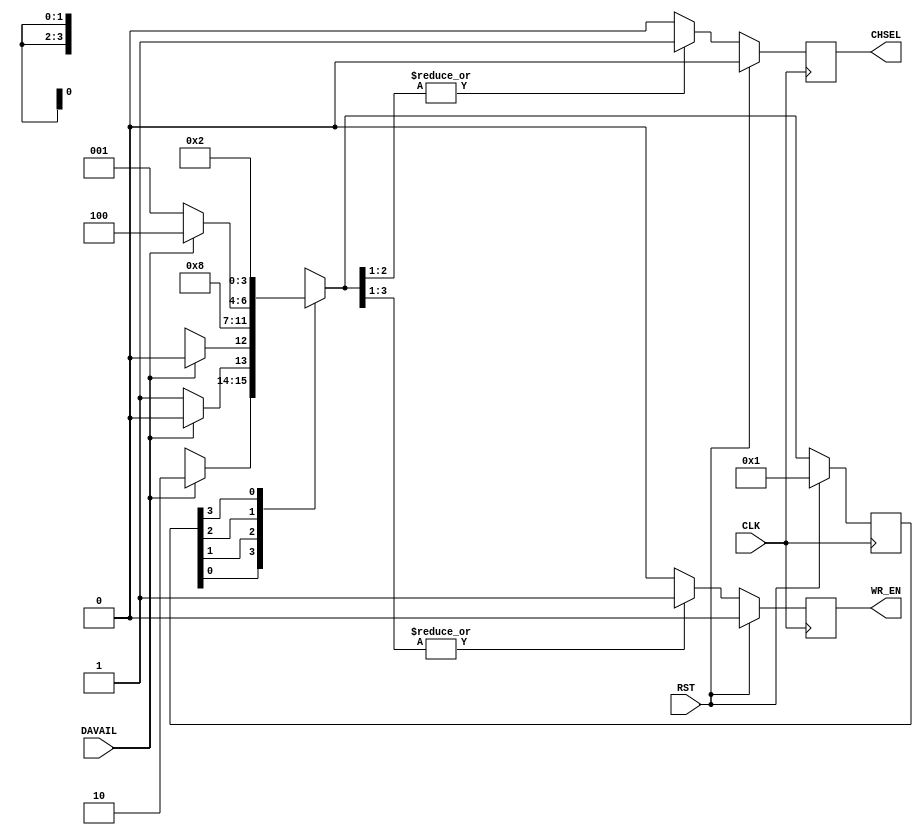

// Created by fizzim.pl version 5.10 on 2016:09:26 at 10:33:48 (www.fizzim.com)

module multi_ro (
  output reg CHSEL,
  output reg WR_EN,
  input wire CLK,
  input wire DAVAIL,
  input wire RST 
);

  // state bits
  parameter
  IDLE_BIT = 0,
  CH_SELECT_BIT = 1,
  READOUT_BIT = 2,
  WRITE_HEADER_BIT = 3;

  parameter 
  IDLE         = 4'b1<<IDLE_BIT, 
  CH_SELECT    = 4'b1<<CH_SELECT_BIT, 
  READOUT      = 4'b1<<READOUT_BIT, 
  WRITE_HEADER = 4'b1<<WRITE_HEADER_BIT, 
  XXX          = 4'bx;

  reg [3:0] state;
  reg [3:0] nextstate;

  // comb always block
  always @* begin
    nextstate = XXX; // default to x because default_state_is_x is set
    case (1'b1) // synopsys parallel_case full_case
      state[IDLE_BIT]    : begin
        if (DAVAIL) begin
          nextstate = WRITE_HEADER;
        end
        else begin
          nextstate[IDLE] = 1'b1; // Added because implied_loopback is true
        end
      end
      state[CH_SELECT_BIT]: begin
        begin
          nextstate = READOUT;
        end
      end
      state[READOUT_BIT] : begin
        if (DAVAIL) begin
          nextstate = READOUT;
        end
        else begin
          nextstate = IDLE;
        end
      end
      state[WRITE_HEADER_BIT]: begin
        begin
          nextstate = CH_SELECT;
        end
      end
    endcase
  end

  // sequential always block
  always @(posedge CLK) begin
    if (RST)
      state <= IDLE;
    else
      state <= nextstate;
  end

  // datapath sequential always block
  always @(posedge CLK) begin
    if (RST) begin
      CHSEL <= 0;
      WR_EN <= 0;
    end
    else begin
      CHSEL <= 0; // default
      WR_EN <= 0; // default
      case (1'b1) // synopsys parallel_case full_case
        nextstate[IDLE_BIT]    : begin
          ; // case must be complete for onehot
        end
        nextstate[CH_SELECT_BIT]: begin
          CHSEL <= 1;
          WR_EN <= 1;
        end
        nextstate[READOUT_BIT] : begin
          CHSEL <= 1;
          WR_EN <= 1;
        end
        nextstate[WRITE_HEADER_BIT]: begin
          WR_EN <= 1;
        end
      endcase
    end
  end

  // This code allows you to see state names in simulation
  `ifndef SYNTHESIS
  reg [95:0] statename;
  always @* begin
    case (1'b1)
      state[IDLE_BIT]    :
        statename = "IDLE";
      state[CH_SELECT_BIT]:
        statename = "CH_SELECT";
      state[READOUT_BIT] :
        statename = "READOUT";
      state[WRITE_HEADER_BIT]:
        statename = "WRITE_HEADER";
      default     :
        statename = "XXXXXXXXXXXX";
    endcase
  end
  `endif

endmodule